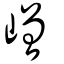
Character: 嶒